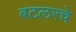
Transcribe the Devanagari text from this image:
बटलरचे